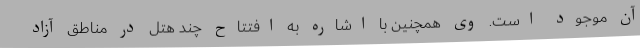
آن موجود است. وی همچنین با اشاره به افتتاح چند هتل در مناطق آزاد